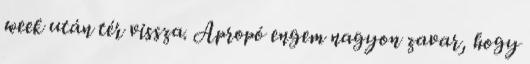
week után tér vissza. Apropó engem nagyon zavar, hogy